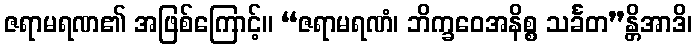
ဇရာမရဏ၏ အဖြစ်ကြောင့်။ “ဇရာမရဏံ၊ ဘိက္ခဝေအနိစ္စ သင်္ခတ”န္တိအာဒိ၊